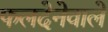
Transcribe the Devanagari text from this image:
फलदेनेवाले